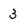
Character: 3